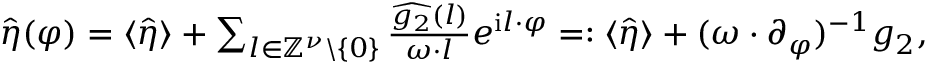
\begin{array} { r } { \hat { \eta } ( \varphi ) = \langle \hat { \eta } \rangle + \sum _ { l \in \mathbb { Z } ^ { \nu } \backslash \left\{ 0 \right\} } \frac { \widehat { g _ { 2 } } ( l ) } { \omega \cdot l } e ^ { \mathrm { i } l \cdot \varphi } = : \langle \hat { \eta } \rangle + ( \omega \cdot \partial _ { \varphi } ) ^ { - 1 } g _ { 2 } , } \end{array}